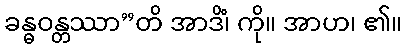
ခန္ဓဝန္တဿာ”တိ အာဒိံ၊ ကို။ အာဟ၊ ၏။